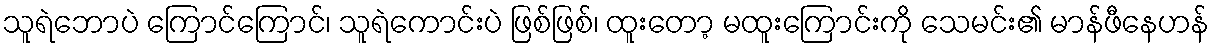
သူရဲဘောပဲ ကြောင်ကြောင်၊ သူရဲကောင်းပဲ ဖြစ်ဖြစ်၊ ထူးတော့ မထူးကြောင်းကို သေမင်း၏ မာန်ဖီနေဟန်